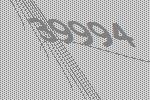
39994